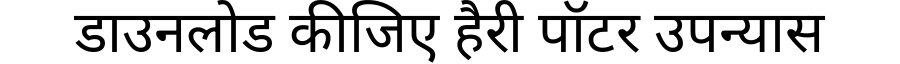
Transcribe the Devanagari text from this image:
डाउनलोड कीजिए हैरी पॉटर उपन्यास